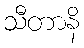
သီတာနိ